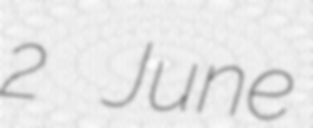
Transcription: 2 June